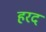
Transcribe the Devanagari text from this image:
हरद